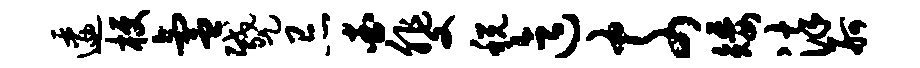
逶梗氲蹙忌查斐税迄奈矮染舸